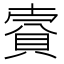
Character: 𧶌